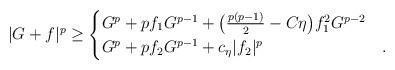
LaTeX: \begin{align*} |G+f|^p \ge \begin{cases} G^p + pf_1 G^{p-1} + \big( \tfrac{p(p-1)}{2}-C\eta\big) f_1^2 G^{p-2} &\\ G^p + pf_2 G^{p-1} +c_\eta |f_2|^p&. \end{cases} \end{align*}